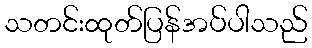
သတင်းထုတ်ပြန်အပ်ပါသည်